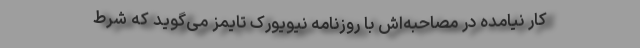
کار نیامده در مصاحبه‌اش با روزنامه نیویورک‌ تایمز می‌گوید که شرط